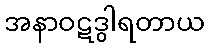
အနာဝဋဒွါရတာယ